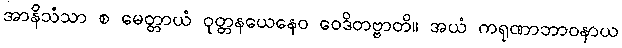
အာနိသံသာ စ မေတ္တာယံ ဝုတ္တနယေနေဝ ဝေဒိတဗ္ဗာတိ။ အယံ ကရုဏာဘာဝနာယ